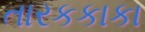
તારકકાકા